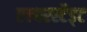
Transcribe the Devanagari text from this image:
एल्बरस्टैड्ट